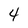
Character: 4